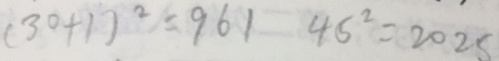
( 3 0 + 1 ) ^ { 2 } = 9 6 1 4 5 ^ { 2 } = 2 0 2 5